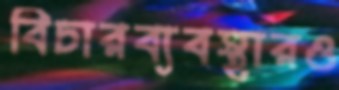
বিচারব্যবস্থারও